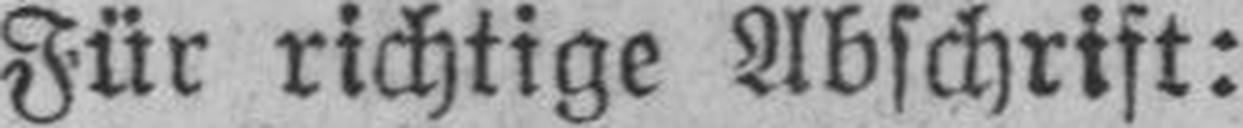
Für richtige Abschrift: